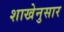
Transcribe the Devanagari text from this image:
शाखेनुसार